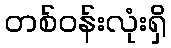
တစ်ဝန်းလုံးရှိ